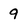
Character: 9